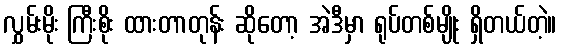
လွှမ်းမိုး ကြီးစိုး ထားတာတုန်း ဆိုတော့ အဲဒီမှာ ရုပ်တစ်မျိုး ရှိတယ်တဲ့။